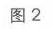
图 2